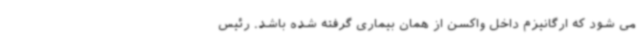
می شود که ارگانیزم داخل واکسن از همان بیماری گرفته شده باشد. رئیس